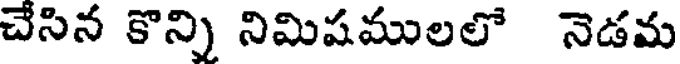
చేసిన కొన్ని నిమిషములలో నెడమ